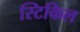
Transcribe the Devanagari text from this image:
स्टिकिल